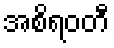
အစိရဝတီ